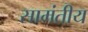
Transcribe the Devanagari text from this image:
सामंतीय